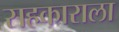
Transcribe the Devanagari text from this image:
सहकाराला